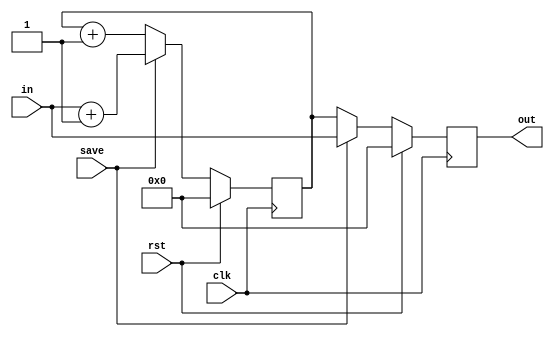
// This program was cloned from: https://github.com/lvyitian/public_personal_files
// License: Creative Commons Zero v1.0 Universal

module TC_Counter (clk, rst, save, in, out);
    parameter UUID = 0;
    parameter NAME = "";
    parameter BIT_WIDTH = 8;
    parameter count = 1;
    input clk;
    input rst;
    input save;
    input [BIT_WIDTH-1:0] in;
    output reg [BIT_WIDTH-1:0] out;
    
    reg [BIT_WIDTH-1:0] value;
    
    initial begin
        out = {BIT_WIDTH{1'b0}};
        value = {BIT_WIDTH{1'b0}};
    end
    
    always @ (posedge clk) begin
        if (rst) begin
            out <= {BIT_WIDTH{1'b0}};
            value <= {BIT_WIDTH{1'b0}};
        end else begin
            if (save) begin
                out <= in;
                value <= in + count;
            end else begin
                out <= value;
                value <= value + count;
            end
        end
    end
endmodule